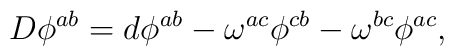
D\phi ^{ab}=d\phi ^{ab}-\omega ^{ac}\phi ^{cb}-\omega ^{bc}\phi ^{ac},